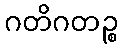
ဂတိဂတဉ္စ